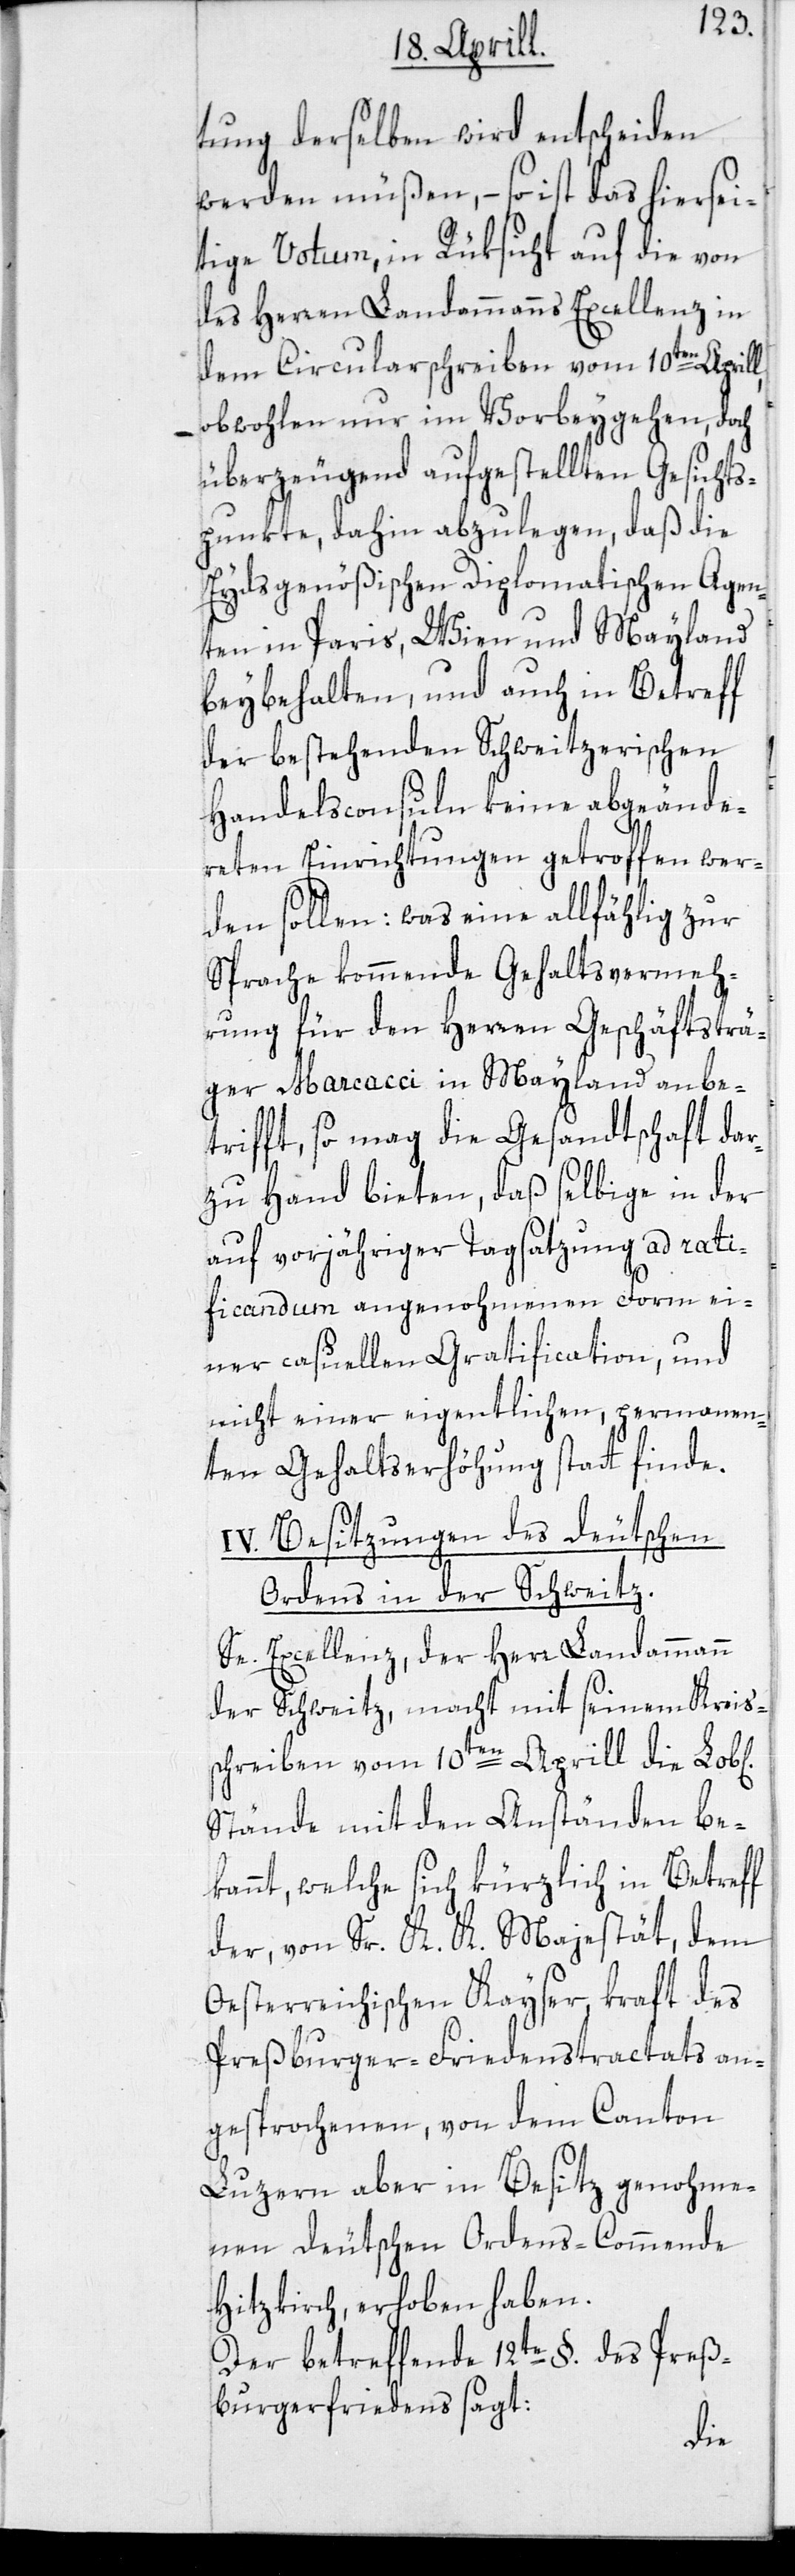
tung derselben wird entscheiden
werden müßen, – so ist das hiersei¬
tige Votum, in Rüksicht auf die von
des Herren Landammanns Excellenz in
dem Circularschreiben vom 10ten Aprill,
obwohlen nur im Vorbeygehen, doch
überzeugend aufgestellten Gesichts¬
punkte, dahin abzulegen, daß die
Eydsgenößischen Diplomatischen Agen¬
ten in Paris, Wien und Mayland
beybehalten, und auch in Betreff
der bestehenden Schweitzerischen
Handelsconsuln keine abgeände¬
rten Einrichtungen getroffen wer¬
den sollen: was eine allfählig zur
Sprache kommende Gehaltsvermeh¬
rung für den Herren Geschäftsträ¬
ger Marcacci in Mayland anbe¬
trifft, so mag die Gesandtschaft dar¬
zu Hand bieten, daß selbige in der
auf vorjähriger Tagsatzung ad rati¬
ficandum angenohmenen Form ei¬
ner casuellen Gratification, und
nicht einer eigentlichen, permanen¬
ten Gehaltserhöhung statt finde.
IV. Besitzungen des deutschen
Ordens in der Schweitz.
Se. Excellenz, der Herr Landammann
der Schweitz, macht mit seinem Kreis¬
schreiben vom 10ten Aprill die
Stände mit den Anständen be¬
kannt, welche sich kürzlich in Betreff
der, von Sr. K. K. Majestät, dem
Oesterreichischen Kayser, kraft des
Preßburger-Friedenstractats an¬
gesprochenen, von dem Canton
Luzern aber in Besitz genohme¬
nen deutschen Ordens-Commende
Hitzkirch erhoben haben.
Der betreffende 12te §. des Preß¬
burgerfriedens sagt: